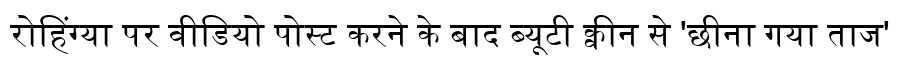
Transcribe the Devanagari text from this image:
रोहिंग्या पर वीडियो पोस्ट करने के बाद ब्यूटी क्वीन से 'छीना गया ताज'